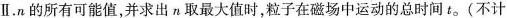
Ⅱ.n的所有可能值，并求出n取最大值时，粒子在磁场中运动的总时间t_{0}(不计